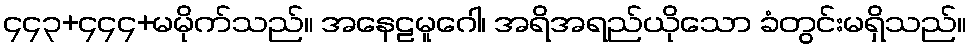
၄၄၃+၄၄၄+မမိုက်သည်။ အနေဠမူဂေါ၊ အရိအရည်ယိုသော ခံတွင်းမရှိသည်။